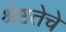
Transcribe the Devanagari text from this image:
श्रेष्ठतेचे